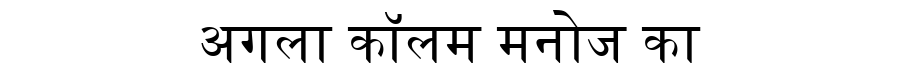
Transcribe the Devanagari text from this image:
अगला कॉलम मनोज का